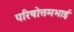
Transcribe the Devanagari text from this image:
परिषोत्तमभाई